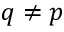
q \neq p